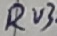
Text: RV3